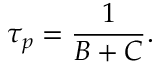
\tau _ { p } = \frac { 1 } { B + C } .